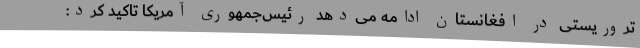
تروریستی در افغانستان ادامه می‌دهد رئیس‌جمهوری آمریکا تاکید کرد: